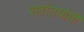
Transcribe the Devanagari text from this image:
सर्वातर्यामी